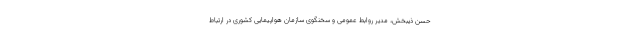
حسن ذیبخش، مدیر روابط عمومی و سخنگوی سازمان هواپیمایی کشوری در ارتباط